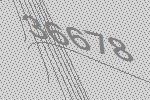
36678